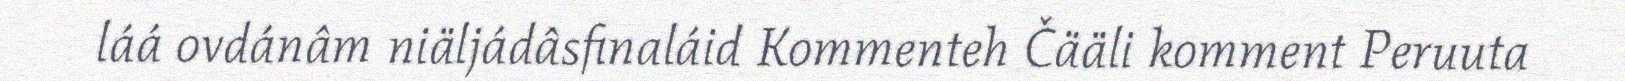
láá ovdánâm niäljádâsfinaláid Kommenteh Čääli komment Peruuta